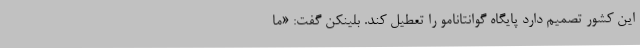
این کشور تصمیم دارد پایگاه گوانتانامو را تعطیل کند. بلینکن گفت: «ما